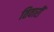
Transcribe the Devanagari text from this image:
तिवारीं